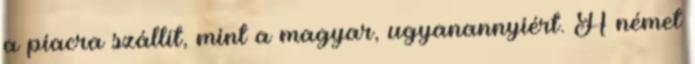
a piacra szállít, mint a magyar, ugyanannyiért. A német